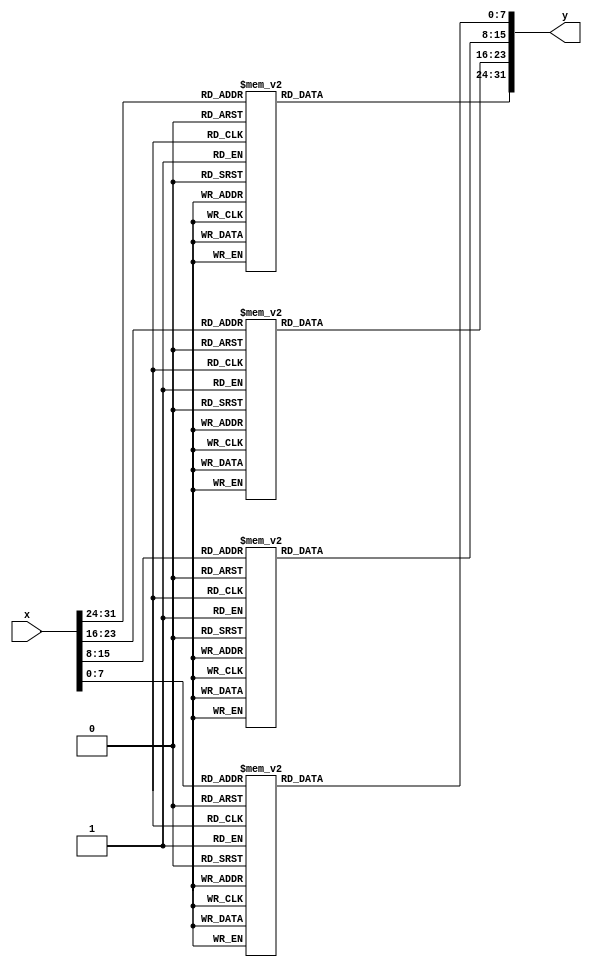
`timescale 1ns / 1ps
//////////////////////////////////////////////////////////////////////////////////
// Company: 
// Engineer: 
// 
// Design Name: 
// Module Name: SubBytes
// Project Name: 
// Target Devices: 
// Tool Versions: 
// Description: 
// 
// Dependencies: 
// 
// Revision:
// Revision 0.01 - File Created
// Additional Comments:
// 
//////////////////////////////////////////////////////////////////////////////////


module SubBytes(
    x, y
    );
    input  [31:0] x;
    output [31:0] y;
        
    function [7:0] S;
    input    [7:0] x;
      case (x)
          0:S= 99;   1:S=124;   2:S=119;   3:S=123;   4:S=242;   5:S=107;   6:S=111;   7:S=197;
          8:S= 48;   9:S=  1;  10:S=103;  11:S= 43;  12:S=254;  13:S=215;  14:S=171;  15:S=118;
         16:S=202;  17:S=130;  18:S=201;  19:S=125;  20:S=250;  21:S= 89;  22:S= 71;  23:S=240;
         24:S=173;  25:S=212;  26:S=162;  27:S=175;  28:S=156;  29:S=164;  30:S=114;  31:S=192;
         32:S=183;  33:S=253;  34:S=147;  35:S= 38;  36:S= 54;  37:S= 63;  38:S=247;  39:S=204;
         40:S= 52;  41:S=165;  42:S=229;  43:S=241;  44:S=113;  45:S=216;  46:S= 49;  47:S= 21;
         48:S=  4;  49:S=199;  50:S= 35;  51:S=195;  52:S= 24;  53:S=150;  54:S=  5;  55:S=154;
         56:S=  7;  57:S= 18;  58:S=128;  59:S=226;  60:S=235;  61:S= 39;  62:S=178;  63:S=117;
         64:S=  9;  65:S=131;  66:S= 44;  67:S= 26;  68:S= 27;  69:S=110;  70:S= 90;  71:S=160;
         72:S= 82;  73:S= 59;  74:S=214;  75:S=179;  76:S= 41;  77:S=227;  78:S= 47;  79:S=132;
         80:S= 83;  81:S=209;  82:S=  0;  83:S=237;  84:S= 32;  85:S=252;  86:S=177;  87:S= 91;
         88:S=106;  89:S=203;  90:S=190;  91:S= 57;  92:S= 74;  93:S= 76;  94:S= 88;  95:S=207;
         96:S=208;  97:S=239;  98:S=170;  99:S=251; 100:S= 67; 101:S= 77; 102:S= 51; 103:S=133;
        104:S= 69; 105:S=249; 106:S=  2; 107:S=127; 108:S= 80; 109:S= 60; 110:S=159; 111:S=168;
        112:S= 81; 113:S=163; 114:S= 64; 115:S=143; 116:S=146; 117:S=157; 118:S= 56; 119:S=245;
        120:S=188; 121:S=182; 122:S=218; 123:S= 33; 124:S= 16; 125:S=255; 126:S=243; 127:S=210;
        128:S=205; 129:S= 12; 130:S= 19; 131:S=236; 132:S= 95; 133:S=151; 134:S= 68; 135:S= 23;
        136:S=196; 137:S=167; 138:S=126; 139:S= 61; 140:S=100; 141:S= 93; 142:S= 25; 143:S=115;
        144:S= 96; 145:S=129; 146:S= 79; 147:S=220; 148:S= 34; 149:S= 42; 150:S=144; 151:S=136;
        152:S= 70; 153:S=238; 154:S=184; 155:S= 20; 156:S=222; 157:S= 94; 158:S= 11; 159:S=219;
        160:S=224; 161:S= 50; 162:S= 58; 163:S= 10; 164:S= 73; 165:S=  6; 166:S= 36; 167:S= 92;
        168:S=194; 169:S=211; 170:S=172; 171:S= 98; 172:S=145; 173:S=149; 174:S=228; 175:S=121;
        176:S=231; 177:S=200; 178:S= 55; 179:S=109; 180:S=141; 181:S=213; 182:S= 78; 183:S=169;
        184:S=108; 185:S= 86; 186:S=244; 187:S=234; 188:S=101; 189:S=122; 190:S=174; 191:S=  8;
        192:S=186; 193:S=120; 194:S= 37; 195:S= 46; 196:S= 28; 197:S=166; 198:S=180; 199:S=198;
        200:S=232; 201:S=221; 202:S=116; 203:S= 31; 204:S= 75; 205:S=189; 206:S=139; 207:S=138;
        208:S=112; 209:S= 62; 210:S=181; 211:S=102; 212:S= 72; 213:S=  3; 214:S=246; 215:S= 14;
        216:S= 97; 217:S= 53; 218:S= 87; 219:S=185; 220:S=134; 221:S=193; 222:S= 29; 223:S=158;
        224:S=225; 225:S=248; 226:S=152; 227:S= 17; 228:S=105; 229:S=217; 230:S=142; 231:S=148;
        232:S=155; 233:S= 30; 234:S=135; 235:S=233; 236:S=206; 237:S= 85; 238:S= 40; 239:S=223;
        240:S=140; 241:S=161; 242:S=137; 243:S= 13; 244:S=191; 245:S=230; 246:S= 66; 247:S=104;
        248:S= 65; 249:S=153; 250:S= 45; 251:S= 15; 252:S=176; 253:S= 84; 254:S=187; 255:S= 22;
      endcase
    endfunction
    
    assign y = {S(x[31:24]), S(x[23:16]), S(x[15: 8]), S(x[ 7: 0])};
endmodule